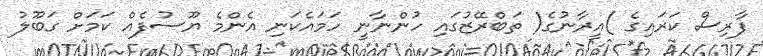
ފާރިސް ކަރައިގެ )އީރާނުގެ( ތަބްރޭޒުގައި ހުންނާނީ ހަމައެކަނި އެންމެ ޔޫސުފެއް ކަމަށް ގަބޫލު